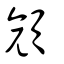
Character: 顔